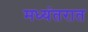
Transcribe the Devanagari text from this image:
मध्यंतरात